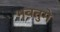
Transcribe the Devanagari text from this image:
भवतुमे